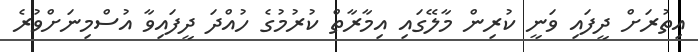
އިތުރަށް ދީފައި ވަނީ ކުރިން މާލޭގައި އިމާރާތް ކުރުމުގެ ހުއްދަ ދީފައިވާ އުސްމިނަށްވުރެ